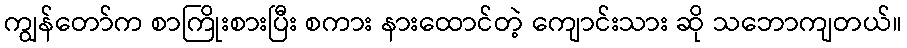
ကျွန်တော်က စာကြိုးစားပြီး စကား နားထောင်တဲ့ ကျောင်းသား ဆို သဘောကျတယ်။